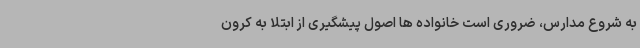
به شروع مدارس، ضروری است خانواده ها اصول پیشگیری از ابتلا به کرون